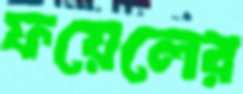
ফয়েলের